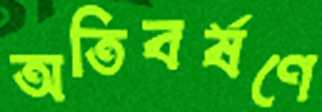
অতিবর্ষণে